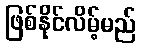
ဖြစ်နိုင်လိမ့်မည်